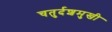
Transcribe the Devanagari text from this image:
चतुर्दशमुखी